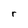
Character: r